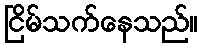
ငြိမ်သက်နေသည်။